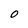
Character: O